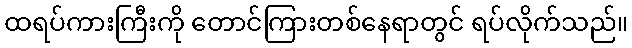
ထရပ်ကားကြီးကို တောင်ကြားတစ်နေရာတွင် ရပ်လိုက်သည်။